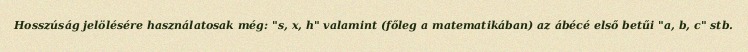
Hosszúság jelölésére használatosak még: "s, x, h" valamint (főleg a matematikában) az ábécé első betűi "a, b, c" stb.